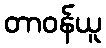
တာဝန်ယူ